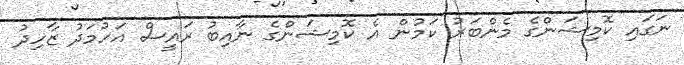
ނަގައި ކޮމިޝަންގެ މެންބަރު ކަމުން އެ ކޮމިޝަންގެ ނާއިބު ރައީސް އަހުމަދު ޒާހިދު